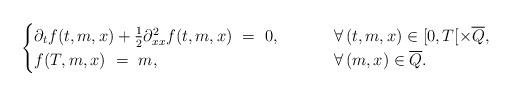
LaTeX: \begin{align*}\begin{cases}\partial_t f(t,m,x) + \frac{1}{2}\partial_{xx}^2 f(t,m,x) \ = \ 0, \qquad\;\, &\forall\,(t,m,x)\in[0,T[\times\overline Q, \\f(T,m,x) \ = \ m, &\forall\,(m,x)\in\overline Q.\end{cases}\end{align*}